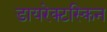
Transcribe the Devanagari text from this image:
डायरेक्टस्किन